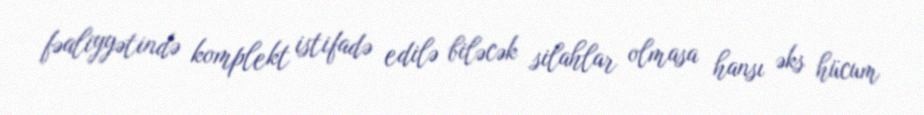
fəaliyyətində komplekt istifadə edilə biləcək silahlar olmasa hansı əks hücum